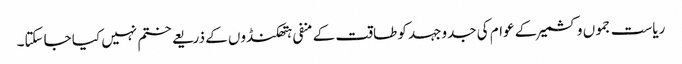
ریاست جموں وکشمیر کے عوام کی جدوجہد کو طاقت کے منفی ہتھکنڈوں کے ذریعے ختم نہیں کیا جاسکتا۔